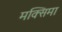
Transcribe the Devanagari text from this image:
मक्सिमा